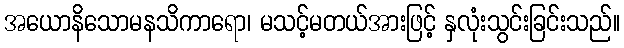
အယောနိသောမနသိကာရော၊ မသင့်မတယ်အားဖြင့် နှလုံးသွင်းခြင်းသည်။